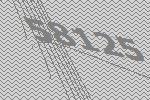
58125